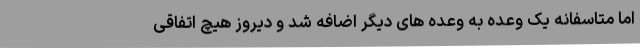
اما متاسفانه یک وعده به وعده های دیگر اضافه شد و دیروز هیچ اتفاقی